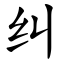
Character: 纠